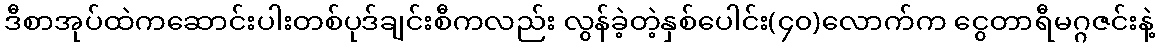
ဒီစာအုပ်ထဲကဆောင်းပါးတစ်ပုဒ်ချင်းစီကလည်း လွန်ခဲ့တဲ့နှစ်ပေါင်း(၄၀)လောက်က ငွေတာရီမဂ္ဂဇင်းနဲ့